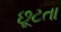
છૂટતા